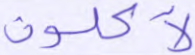
لآكلون